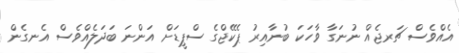
އެއްވެސް ޗަރޖެއް ނުނަގާ ވާހަކަ ބުނާއިރު ޕެކޭޖްގެ ސްޕީޑަށް އަންނަ ބަދަލެއްވެސް އެނގެން